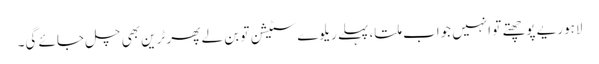
لاہوریے پوچھتے تو انہیں جواب ملتا، پہلے ریلوے سٹیشن تو بن لے پھر ٹرین بھی چل جائے گی۔